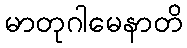
မာတုဂါမေနာတိ